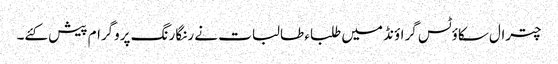
چترال سکاؤٹس گراؤنڈ میں طلباء طالبات نے رنگا رنگ پروگرام پیش کئے۔